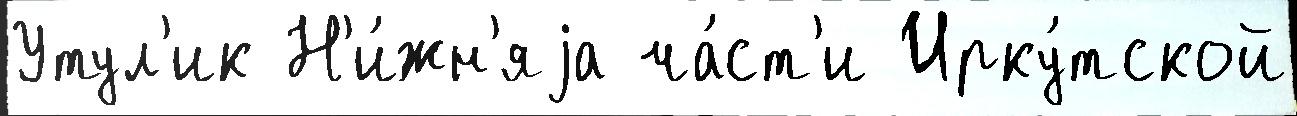
Утул'ик Н'и́жн'яjа ча́ст'и Ирку́тской